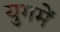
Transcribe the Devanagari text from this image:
युगमें